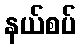
နယ်စပ်